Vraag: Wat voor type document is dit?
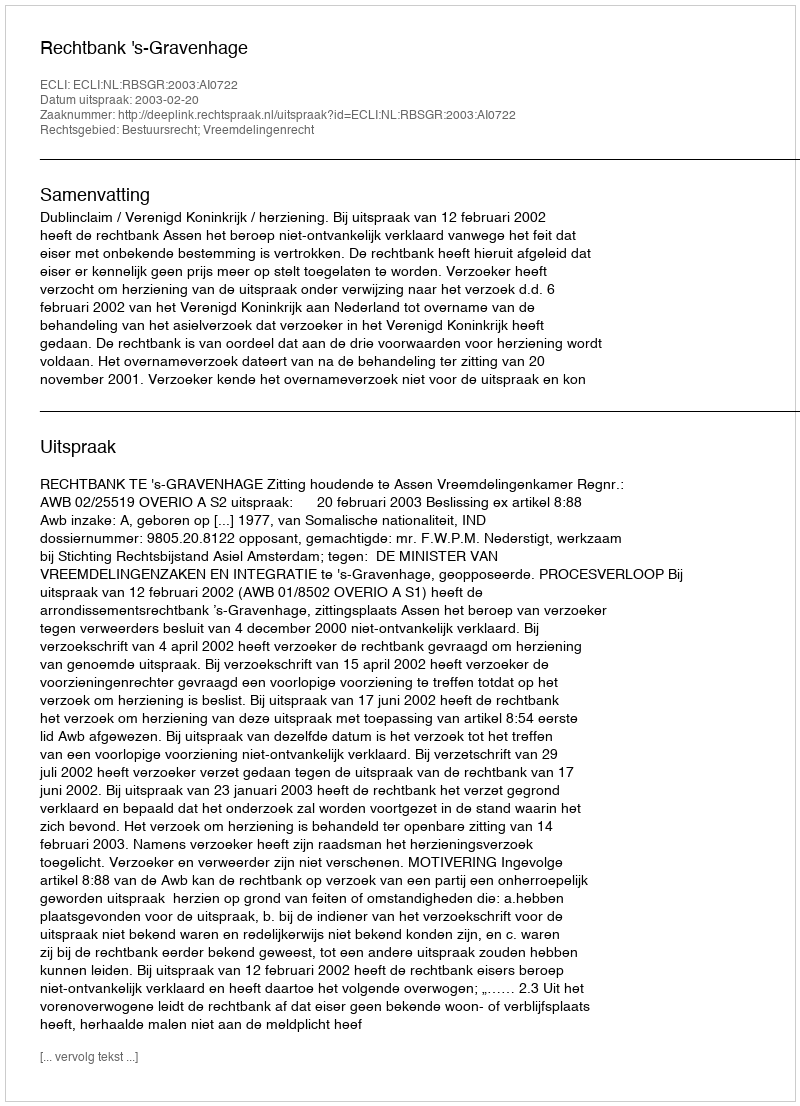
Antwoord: Uitspraak